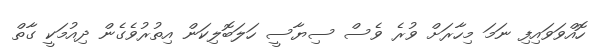
ހޮއްވަވައިފި ނަމަ މިހާރަށް ވުރެ ވެސް ސިޔާސީ ހަލަބޮލިކަން އިތުރުވެގެން ދިއުމަކީ ގާތް